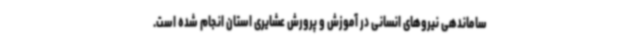
ساماندهی نیروهای انسانی در آموزش و پرورش عشایری استان انجام شده است.